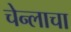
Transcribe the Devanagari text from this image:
चेन्लाचा